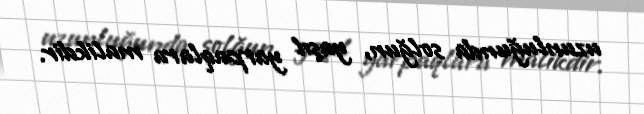
uzunluğunda solğun, yaşıl yarpaqlara malikdir.